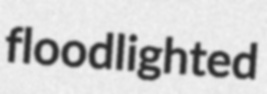
floodlighted